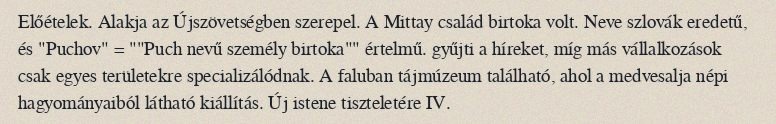
Előételek. Alakja az Újszövetségben szerepel. A Mittay család birtoka volt. Neve szlovák eredetű, és "Puchov" = ""Puch nevű személy birtoka"" értelmű. gyűjti a híreket, míg más vállalkozások csak egyes területekre specializálódnak. A faluban tájmúzeum található, ahol a medvesalja népi hagyományaiból látható kiállítás. Új istene tiszteletére IV.